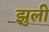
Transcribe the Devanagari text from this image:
झुली